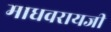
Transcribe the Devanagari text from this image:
माधवरायजी